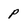
Character: p